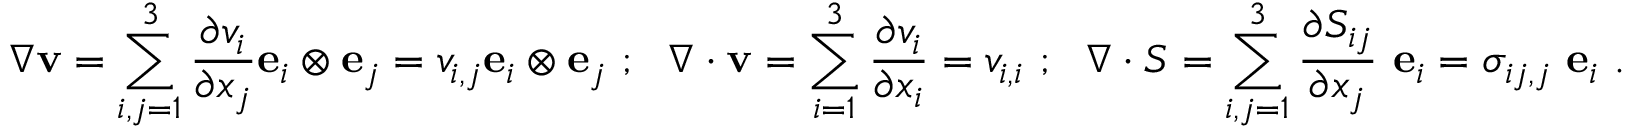
{ \boldsymbol { \nabla } } \mathbf { v } = \sum _ { i , j = 1 } ^ { 3 } { \frac { \partial v _ { i } } { \partial x _ { j } } } \mathbf { e } _ { i } \otimes \mathbf { e } _ { j } = v _ { i , j } \mathbf { e } _ { i } \otimes \mathbf { e } _ { j } ~ ; ~ ~ { \boldsymbol { \nabla } } \cdot \mathbf { v } = \sum _ { i = 1 } ^ { 3 } { \frac { \partial v _ { i } } { \partial x _ { i } } } = v _ { i , i } ~ ; ~ ~ { \boldsymbol { \nabla } } \cdot { \boldsymbol { S } } = \sum _ { i , j = 1 } ^ { 3 } { \frac { \partial S _ { i j } } { \partial x _ { j } } } ~ \mathbf { e } _ { i } = \sigma _ { i j , j } ~ \mathbf { e } _ { i } ~ .